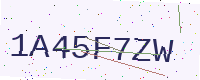
Text: 1A45F7ZW